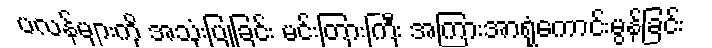
ပလန်များကို အသုံးပြုခြင်း မင်းတြားကြီး အကြားအာရုံကောင်းမွန်ခြင်း